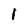
Character: l